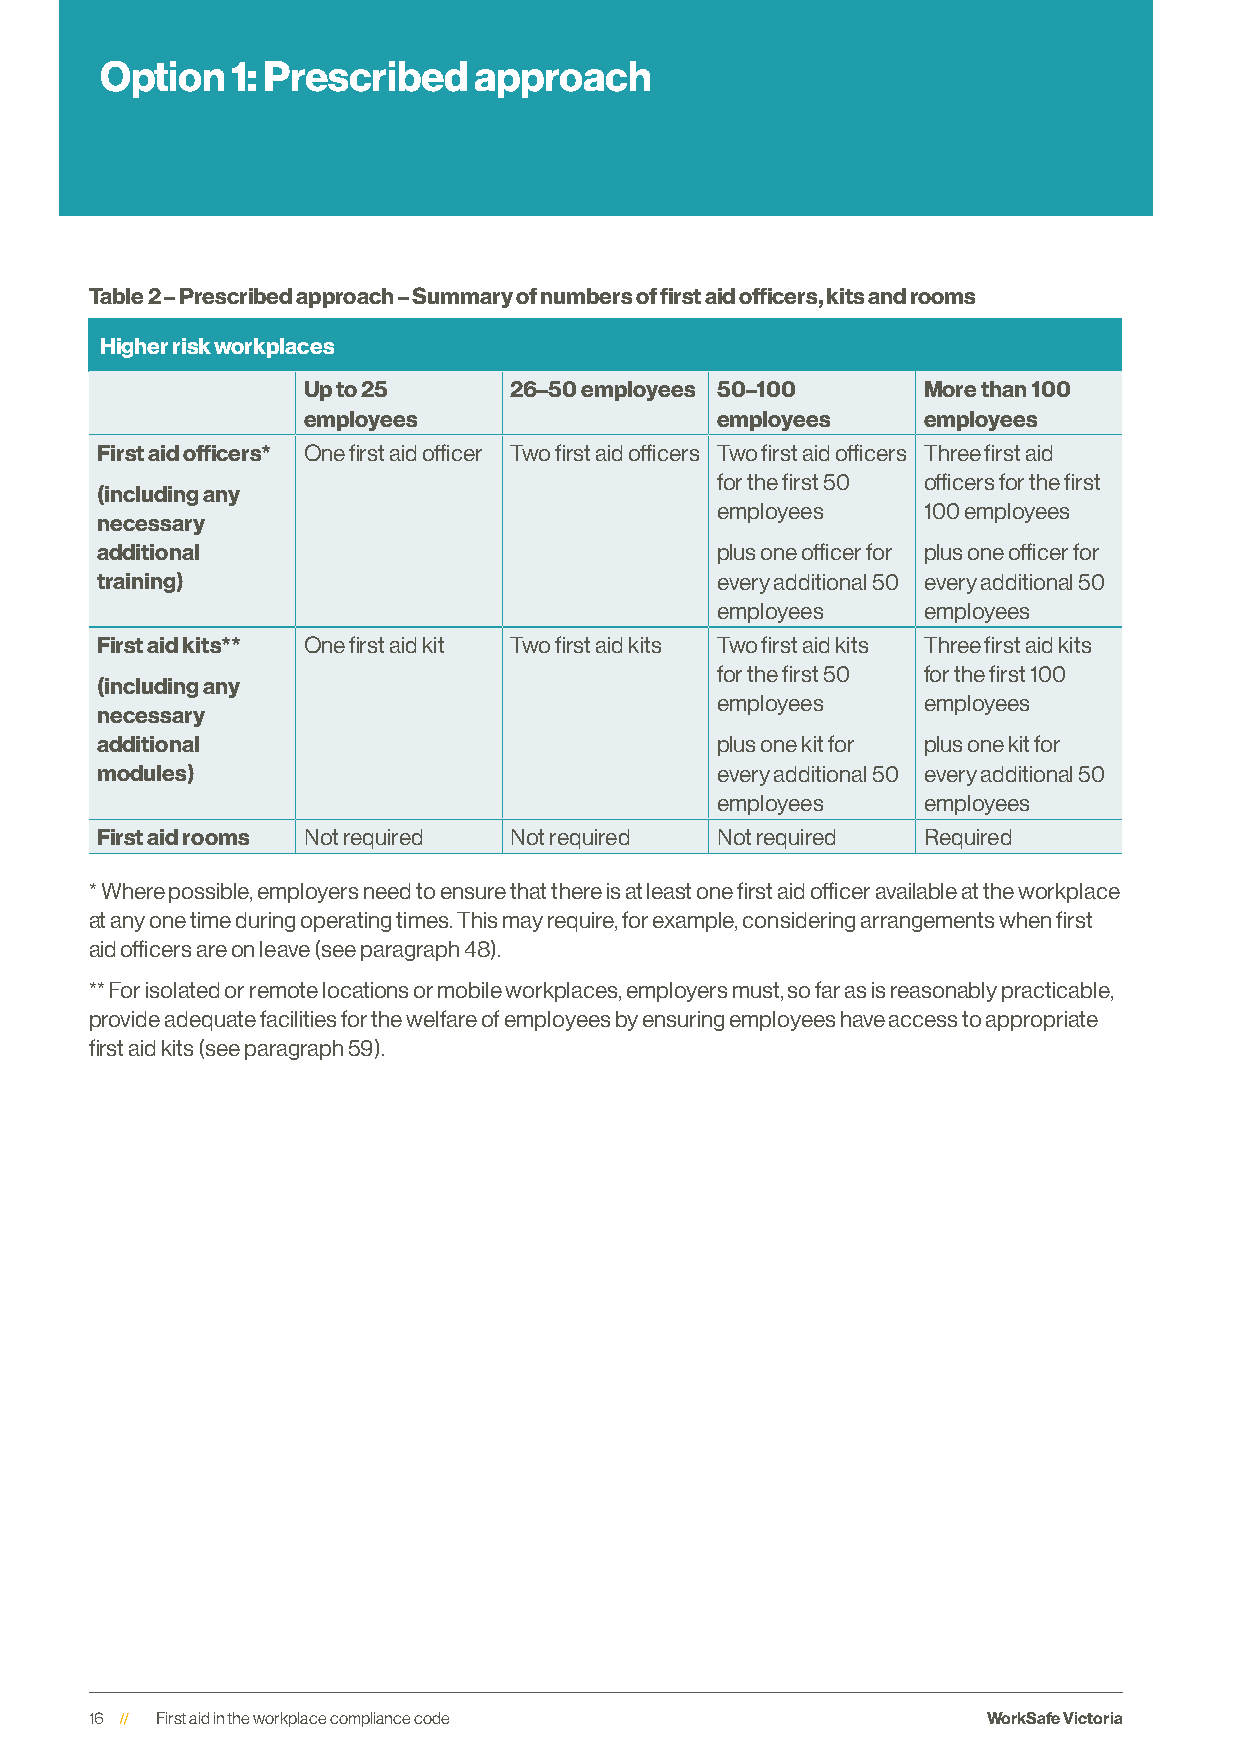
Option  1: Prescribed   approach
 Table 2 – Prescribed approach – Summary of numbers of first aid officers, kits and rooms
 Higher risk workplaces
 Up to 25      26–50 employees 50–100     More than 100
 employees                  employees     employees
 First aid officers* One first aid officer Two first aid officers Two first aid officers Three first aid
 for the first 50 officers for the first
 (including any
 employees     100 employees
 necessary
 additional                               plus one officer for plus one officer for
 training)                                every additional 50 every additional 50
 employees     employees
 First aid kits** One first aid kit Two first aid kits Two first aid kits Three first aid kits
 for the first 50 for the first 100
 (including any
 employees     employees
 necessary
 additional                               plus one kit for plus one kit for
 modules)                                 every additional 50 every additional 50
 employees     employees
 First aid rooms Not required Not required Not required Required
 * Where possible, employers need to ensure that there is at least one first aid officer available at the workplace
 at any one time during operating times. This may require, for example, considering arrangements when first
 aid officers are on leave (see paragraph 48).
 ** For isolated or remote locations or mobile workplaces, employers must, so far as is reasonably practicable,
 provide adequate facilities for the welfare of employees by ensuring employees have access to appropriate
 first aid kits (see paragraph 59).
 16  First aid in the workplace compliance code             WorkSafe Victoria